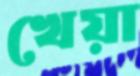
খেয়া